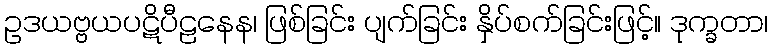
ဥဒယဗ္ဗယပဋိပီဠနေန၊ ဖြစ်ခြင်း ပျက်ခြင်း နှိပ်စက်ခြင်းဖြင့်။ ဒုက္ခတာ၊